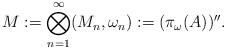
LaTeX: \begin{align*}M:=\bigotimes_{n=1}^\infty (M_n,\omega_n):=(\pi_\omega(A))''.\end{align*}